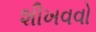
શીખવવો